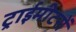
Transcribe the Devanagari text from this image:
ट्राईमीटरों